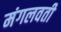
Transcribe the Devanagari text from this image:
मंगलवती